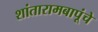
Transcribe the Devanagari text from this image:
शांतारामबापूंचे